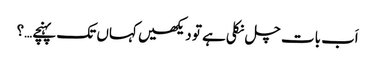
اَب بات چل نکلی ہے تو دیکھیں کہاں تک پہنچے…؟